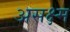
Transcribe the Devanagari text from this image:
असक्ष्म